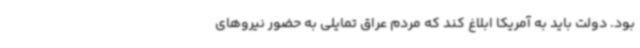
بود. دولت باید به آمریکا ابلاغ کند که مردم عراق تمایلی به حضور نیروهای